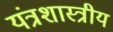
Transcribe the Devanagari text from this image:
यंत्रशास्त्रीय